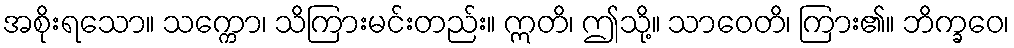
အစိုးရသော။ သက္ကော၊ သိကြားမင်းတည်း။ ဣတိ၊ ဤသို့။ သာဝေတိ၊ ကြား၏။ ဘိက္ခဝေ၊